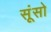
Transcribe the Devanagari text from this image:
सूंसो